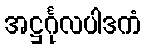
အဋ္ဌင်္ဂုလပါဒကံ